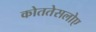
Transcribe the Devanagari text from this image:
कोततेसलोए